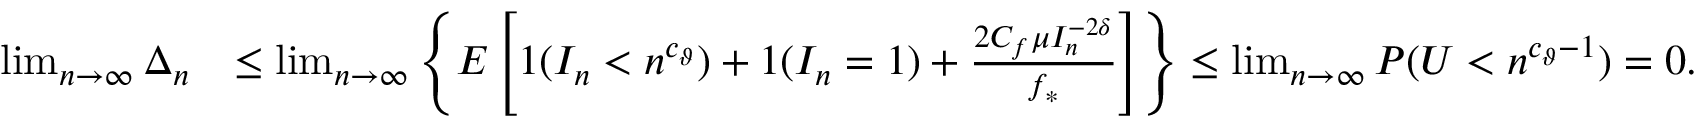
\begin{array} { r l } { \operatorname* { l i m } _ { n \to \infty } \Delta _ { n } } & { \leq \operatorname* { l i m } _ { n \to \infty } \left\{ E \left[ 1 ( I _ { n } < n ^ { c _ { \vartheta } } ) + 1 ( I _ { n } = 1 ) + \frac { 2 C _ { f } \mu I _ { n } ^ { - 2 \delta } } { f _ { * } } \right] \right\} \leq \operatorname* { l i m } _ { n \to \infty } P ( U < n ^ { c _ { \vartheta } - 1 } ) = 0 . } \end{array}